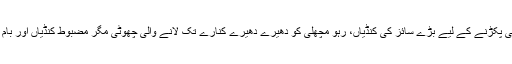
فولڈنگ سٹول، پانی کے لیے تام چینی کی فوجی کُپیوں پر خاکی کپڑے کے غلاف، ملہی مچھلی پکڑنے کے لیے بڑے سائز کی کنڈیاں، رہو مچھلی کو دھیرے دھیرے کنارے تک لانے والی چھوٹی مگر مضبوط کنڈیاں اور بام مچھلی کے لیے ڈبیہ میں بند باریک کنڈیاں، یہ سب سامان ملا لطیف کے پاس موجود ہوتا تھا۔